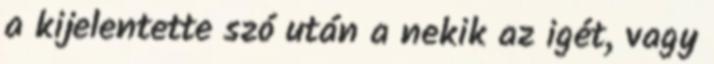
a kijelentette szó után a nekik az igét, vagy